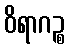
ဝိရာဂဉ္စ